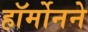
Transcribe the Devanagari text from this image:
हॉर्मोनने